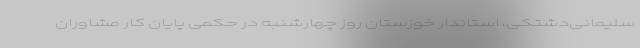
سلیمانی‌دشتکی، استاندار خوزستان روز چهارشنبه در حکمی پایان کار مشاوران